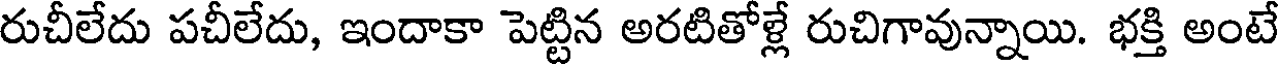
రుచీలేదు పచీలేదు, ఇందాకా పెట్టిన అరటితోళ్లే రుచిగావున్నాయి. భక్తి అంటే